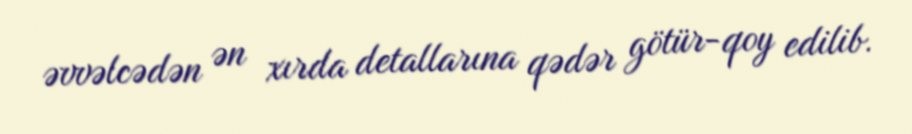
əvvəlcədən ən xırda detallarına qədər götür-qoy edilib.